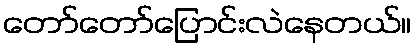
တော်တော်ပြောင်းလဲနေတယ်။